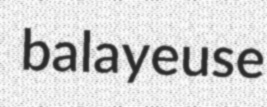
balayeuse